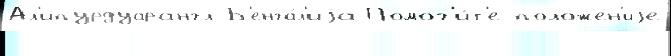
Ал'ипурдуарангл Б'енга́л'иjа Помог'и́т'е положе́н'иjе